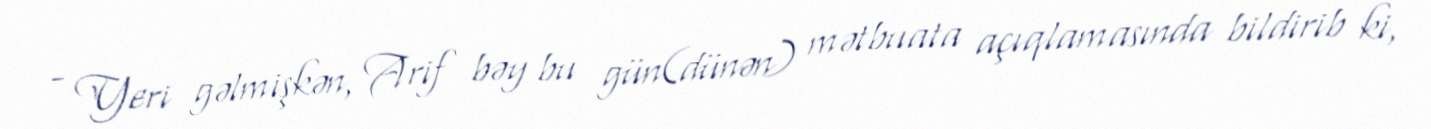
- Yeri gəlmişkən, Arif bəy bu gün(dünən) mətbuata açıqlamasında bildirib ki,